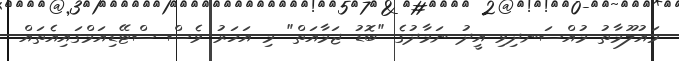
މައުލޫމާތު މުއްސަނދިވި އީދު ނަމާދުގެ "ބޮޑު ޖަމާއަތް" މި އަަހަރު ވެސް ސްޓޭޑިއަމްގައިއެތައް